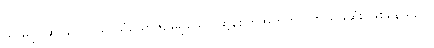
သူ မပိုင်ဆိုင်သော သူ သံယောဇဉ်မရှိသော ထွန်စက်အတွက် ဂုဏ်ယူမဆုံး ဖြစ်နေသည်။